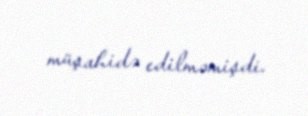
müşahidə edilməmişdi.